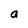
Character: a